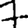
Digit: 7